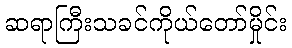
ဆရာကြီးသခင်ကိုယ်တော်မှိုင်း